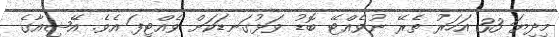
މިދިޔަ 33 އަހަރު ތެރޭ ނުވެއްޓޭ ބޮޑު ވަޅުގަނޑަކަށް ވެއްޓިފަ އެވެ. އޭޝިއާގެ